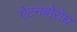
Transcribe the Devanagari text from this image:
ऐटनबोरोघ